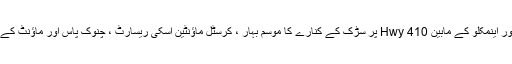
گرین واٹر اور اینمکلو کے مابین Hwy 410 پر سڑک کے کنارے کا موسم بہار ، کرسٹل ماؤنٹین اسکی ریسارٹ ، چنوک پاس اور ماؤنٹ کے راستے پر۔